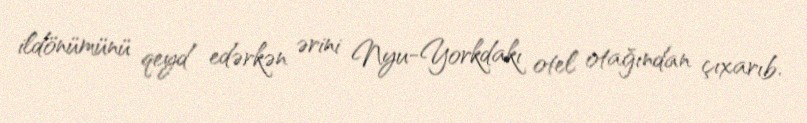
ildönümünü qeyd edərkən ərini Nyu-Yorkdakı otel otağından çıxarıb.